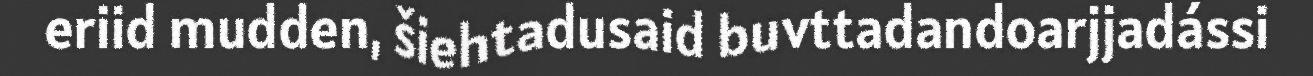
eriid mudden, šiehtadusaid buvttadandoarjjadássi